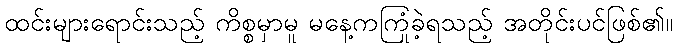
ထင်းများရောင်းသည့် ကိစ္စမှာမူ မနေ့ကကြုံခဲ့ရသည့် အတိုင်းပင်ဖြစ်၏။